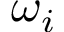
\omega _ { i }